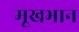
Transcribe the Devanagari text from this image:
मूखभान